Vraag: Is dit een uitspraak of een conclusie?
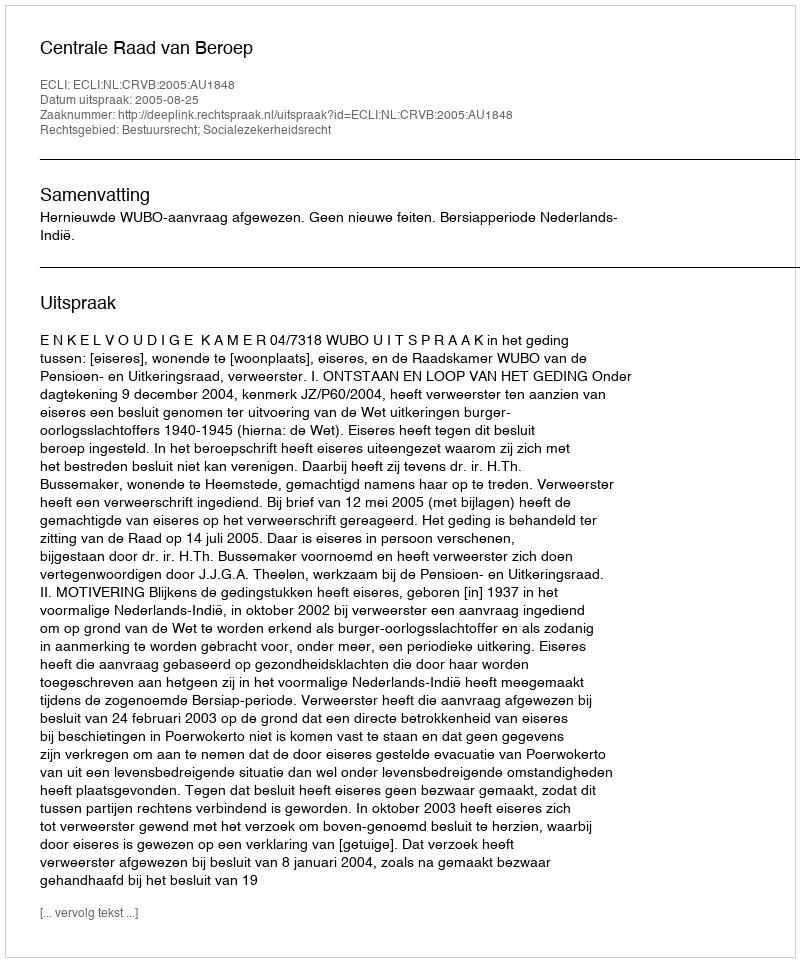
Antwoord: Uitspraak